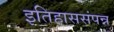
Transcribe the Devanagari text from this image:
इतिहाससंपन्न